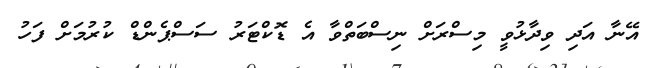
އޭނާ އަދި ވިދާޅުވީ މިސްރަށް ނިސްބަތްވާ އެ ޑޮކްޓަރު ސަސްޕެންޑް ކުރުމަށް ފަހު